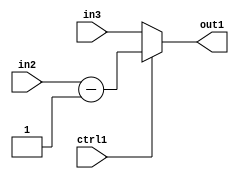
`timescale 1ps / 1ps
/*****************************************************************************
    Verilog RTL Description
    
    
    Created by: Stratus DpOpt 2019.1.01 
*******************************************************************************/

module feature_write_addr_gen_MuxSubi1u3u3u1_4_1 (
	in3,
	in2,
	ctrl1,
	out1
	); /* architecture "behavioural" */ 
input [2:0] in3,
	in2;
input  ctrl1;
output [2:0] out1;
wire [2:0] asc001,
	asc003;

assign asc003 = 
	+(in2)
	-(3'B001);

reg [2:0] asc001_tmp_0;
assign asc001 = asc001_tmp_0;
always @ (ctrl1 or asc003 or in3) begin
	case (ctrl1)
		1'B1 : asc001_tmp_0 = asc003 ;
		default : asc001_tmp_0 = in3 ;
	endcase
end

assign out1 = asc001;
endmodule

/* CADENCE  v7HzQww= : u9/ySgnWtBlWxVPRXgAZ4Og= ** DO NOT EDIT THIS LINE ******/